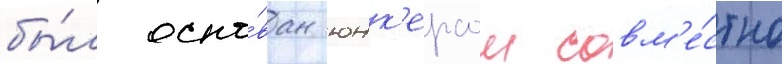
бы́л осно́ван юнк'ерсом совм'е́стно